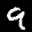
Label: 9